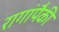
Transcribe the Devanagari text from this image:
रागांपैकी